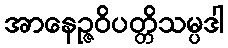
အာနေဉ္ဇဝိပတ္တိသမ္ပဒါ